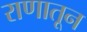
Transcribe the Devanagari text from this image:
राणातून